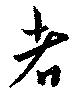
者